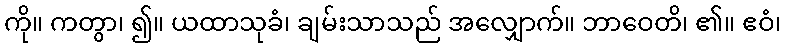
ကို။ ကတွာ၊ ၍။ ယထာသုခံ၊ ချမ်းသာသည် အလျှောက်။ ဘာဝေတိ၊ ၏။ ဧဝံ၊